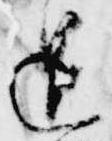
還